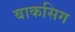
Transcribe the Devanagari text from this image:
बाकसिग